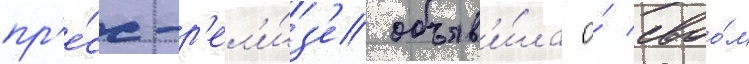
пр'е́сс-р'ел'и́з'е объяв'и́ла о́ своо́м